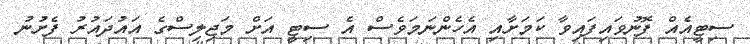
ސިޓީއެއް ފޮނުވައިފައިވާ ކަމަށާއި އެހެންނަމަވެސް އެ ސިޓީ އަށް މަޖިލިސްގެ އައުދައުރު ފެށުނު